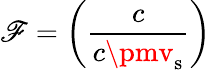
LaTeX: \mathscr{F}=\left({\frac{{c}}{{c\pmv_{\mathrm{{s}}}}}}\right)